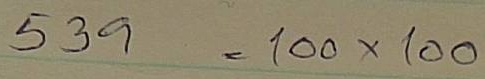
539 = 100 x 100